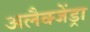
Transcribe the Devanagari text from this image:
अलैक्जेंड्रा